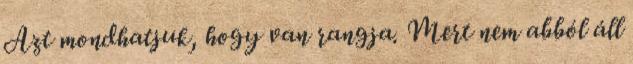
Azt mondhatjuk, hogy van rangja. Mert nem abból áll